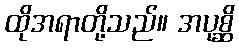
ထိုအရာတို့သည်။ အပုစ္ဆိ